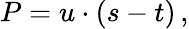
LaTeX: P=u\cdot(s-t)\, ,